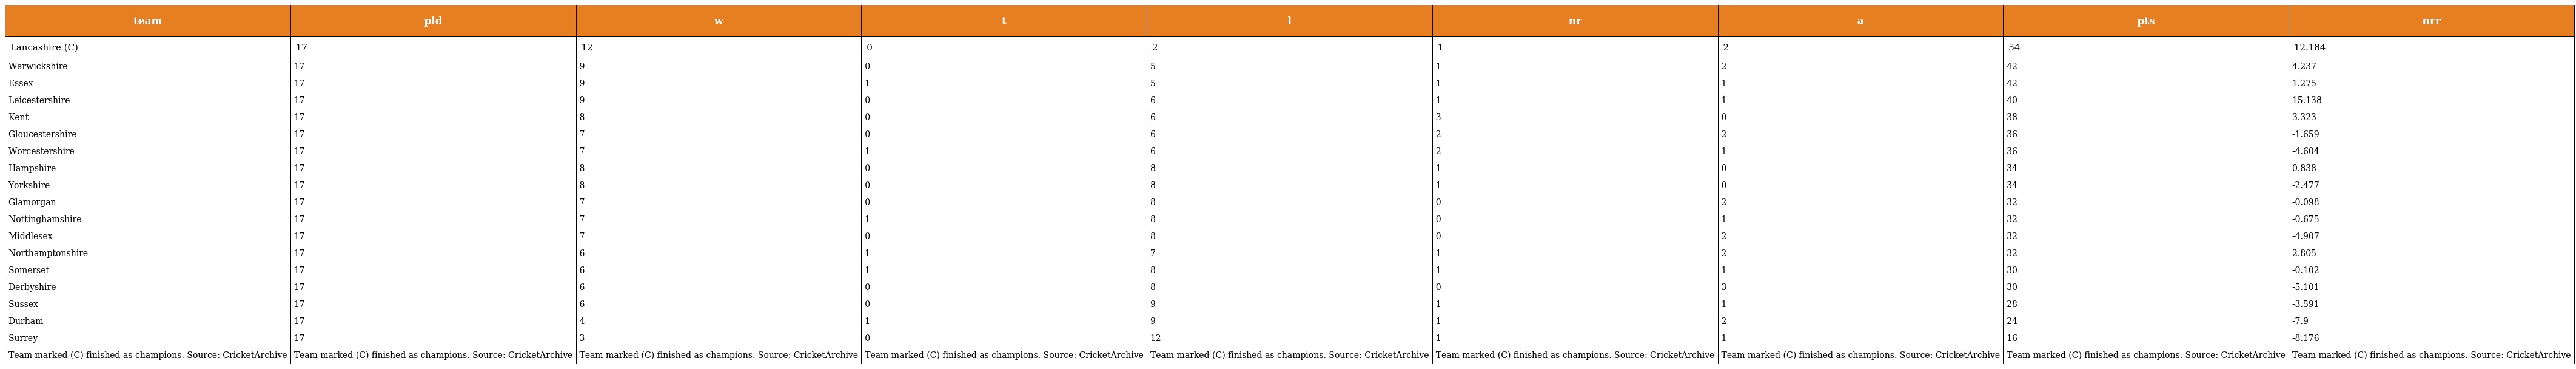
| team | pld | w | t | l | nr | a | pts | nrr |
 | --- | --- | --- | --- | --- | --- | --- | --- | --- |
 | Lancashire (C) | 17 | 12 | 0 | 2 | 1 | 2 | 54 | 12.184 |
 | Warwickshire | 17 | 9 | 0 | 5 | 1 | 2 | 42 | 4.237 |
 | Essex | 17 | 9 | 1 | 5 | 1 | 1 | 42 | 1.275 |
 | Leicestershire | 17 | 9 | 0 | 6 | 1 | 1 | 40 | 15.138 |
 | Kent | 17 | 8 | 0 | 6 | 3 | 0 | 38 | 3.323 |
 | Gloucestershire | 17 | 7 | 0 | 6 | 2 | 2 | 36 | -1.659 |
 | Worcestershire | 17 | 7 | 1 | 6 | 2 | 1 | 36 | -4.604 |
 | Hampshire | 17 | 8 | 0 | 8 | 1 | 0 | 34 | 0.838 |
 | Yorkshire | 17 | 8 | 0 | 8 | 1 | 0 | 34 | -2.477 |
 | Glamorgan | 17 | 7 | 0 | 8 | 0 | 2 | 32 | -0.098 |
 | Nottinghamshire | 17 | 7 | 1 | 8 | 0 | 1 | 32 | -0.675 |
 | Middlesex | 17 | 7 | 0 | 8 | 0 | 2 | 32 | -4.907 |
 | Northamptonshire | 17 | 6 | 1 | 7 | 1 | 2 | 32 | 2.805 |
 | Somerset | 17 | 6 | 1 | 8 | 1 | 1 | 30 | -0.102 |
 | Derbyshire | 17 | 6 | 0 | 8 | 0 | 3 | 30 | -5.101 |
 | Sussex | 17 | 6 | 0 | 9 | 1 | 1 | 28 | -3.591 |
 | Durham | 17 | 4 | 1 | 9 | 1 | 2 | 24 | -7.9 |
 | Surrey | 17 | 3 | 0 | 12 | 1 | 1 | 16 | -8.176 |
 | Team marked (C) finished as champions. Source: CricketArchive | Team marked (C) finished as champions. Source: CricketArchive | Team marked (C) finished as champions. Source: CricketArchive | Team marked (C) finished as champions. Source: CricketArchive | Team marked (C) finished as champions. Source: CricketArchive | Team marked (C) finished as champions. Source: CricketArchive | Team marked (C) finished as champions. Source: CricketArchive | Team marked (C) finished as champions. Source: CricketArchive | Team marked (C) finished as champions. Source: CricketArchive |